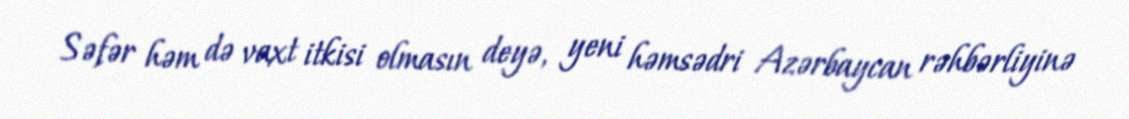
Səfər həm də vaxt itkisi olmasın deyə, yeni həmsədri Azərbaycan rəhbərliyinə